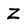
Character: Z